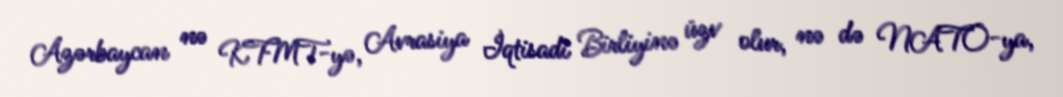
Azərbaycan nə KTMT-yə, Avrasiya İqtisadi Birliyinə üzv olur, nə də NATO-ya,